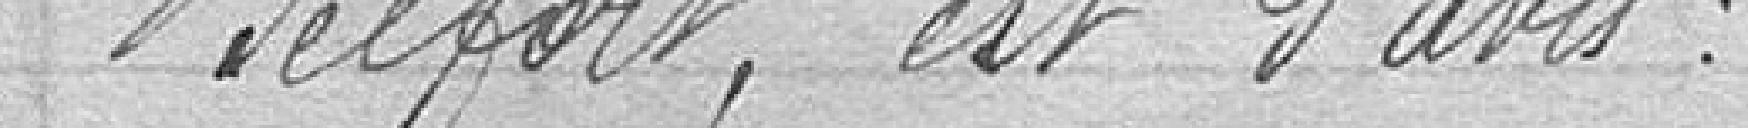
Belfort, est d'avis.